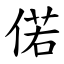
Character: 偌